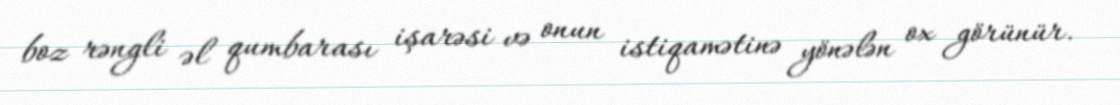
boz rəngli əl qumbarası işarəsi və onun istiqamətinə yönələn ox görünür.